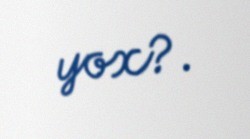
yox?.